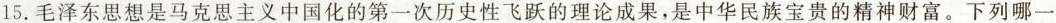
15.毛泽东思想是马克思主义中国化的第一次历史性飞跃的理论成果，是中华民族宝贵的精神财富。下列哪一